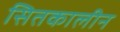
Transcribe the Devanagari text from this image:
सितकालीन